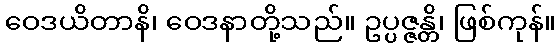
ဝေဒယိတာနိ၊ ဝေဒနာတို့သည်။ ဥပ္ပဇ္ဇန္တိ၊ ဖြစ်ကုန်။